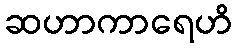
ဆဟာကာရေဟိ